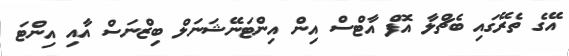
އޭގެ ތެރޭގައި ބެޗްލާ އޮފް އާޓްސް އިން އިންޓަނޭޝަނަލް ބިޒްނަސް އާއި އިންޓަ